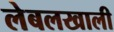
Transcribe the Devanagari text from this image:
लेबलखाली